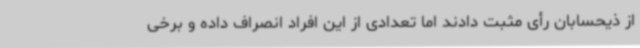
از ذیحسابان رأی مثبت دادند اما تعدادی از این افراد انصراف داده و برخی